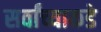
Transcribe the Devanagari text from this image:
सर्वांच्याकडे